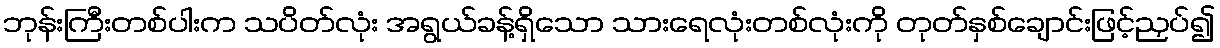
ဘုန်းကြီးတစ်ပါးက သပိတ်လုံး အရွယ်ခန့်ရှိသော သားရေလုံးတစ်လုံးကို တုတ်နှစ်ချောင်းဖြင့်ညှပ်၍